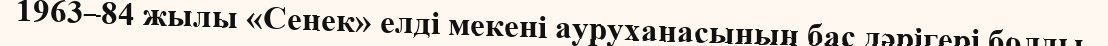
1963–84 жылы «Сенек» елді мекені ауруханасының бас дәрігері болды.